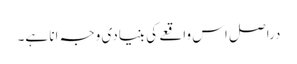
دراصل اس واقعے کی بنیادی وجہ انا ہے۔